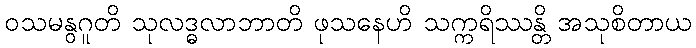
ဝသမနွဂူတိ သုလဒ္ဓလာဘာတိ ဖုသနေဟိ သက္ကရိဿန္တိ အသုစိတာယ